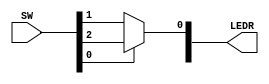

//=======================================================
//  This code is generated by Terasic System Builder
//=======================================================

module muxAssign(

	//////////// LED //////////
	output		     [9:0]		LEDR,

	//////////// SW //////////
	input 		     [9:0]		SW
);



//=======================================================
//  REG/WIRE declarations
//=======================================================




//=======================================================
//  Structural coding
//=======================================================
assign LEDR[0] = SW[0] ? SW[2] : SW[1];


endmodule